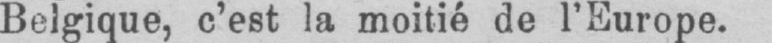
Belgique, c’est la moitié de l’Europe.